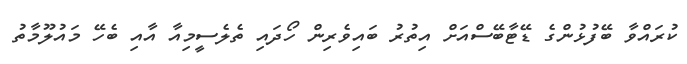
ކުރައްވާ ބޭފުޅުންގެ ޑޭޓާބޭސްއަށް އިތުރު ބައިވެރިން ހޯދައި ތެލެސީމިއާ އާއި ބެހޭ މައުލޫމާތު